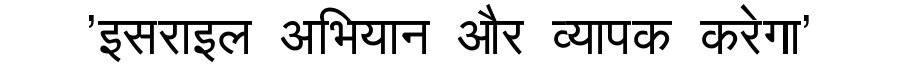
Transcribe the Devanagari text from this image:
'इसराइल अभियान और व्यापक करेगा'